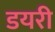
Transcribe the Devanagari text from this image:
डयरी